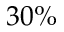
3 0 \%